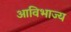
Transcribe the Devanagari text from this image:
आविभाज्य